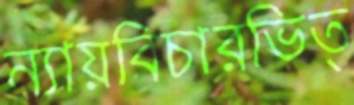
ন্যায়বিচারভিত্